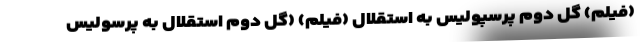
(فیلم) گل دوم پرسپولیس به استقلال (فیلم) (گل دوم استقلال به پرسولیس